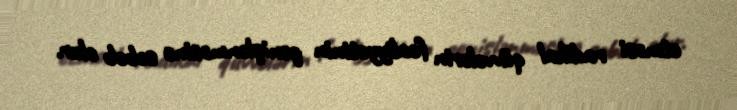
etməsi radikal qüvvələrin fəaliyyətinin genişlənməsinə səbəb olur.